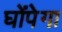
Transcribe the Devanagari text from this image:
घोंपेगा